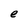
Character: e